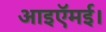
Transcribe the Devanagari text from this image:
आइऍमई।